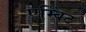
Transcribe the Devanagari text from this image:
एम्बिंट